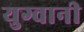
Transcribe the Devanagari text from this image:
युग्वानी